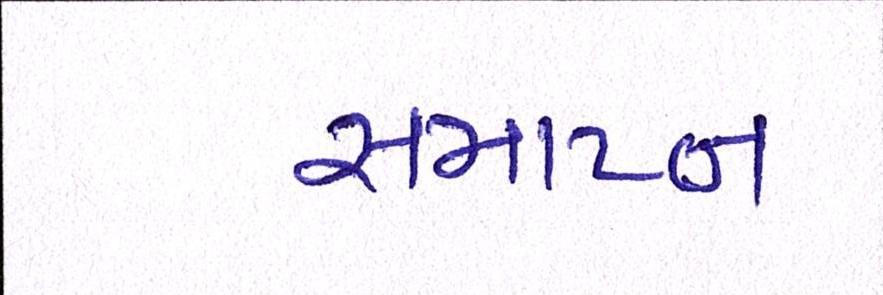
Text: સમાપ્ન